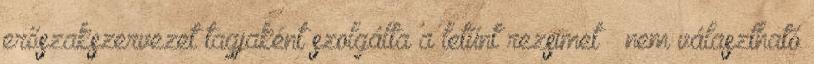
erőszakszervezet tagjaként szolgálta a letűnt rezsimet – nem választható